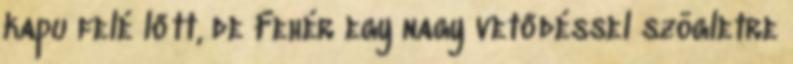
kapu felé lőtt, de Fehér egy nagy vetődéssel szögletre